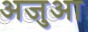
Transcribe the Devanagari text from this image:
अजुआ